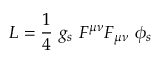
{ \cal L } = \frac { 1 } { 4 } \ g _ { s } \ F ^ { \mu \nu } F _ { \mu \nu } \ \phi _ { s }